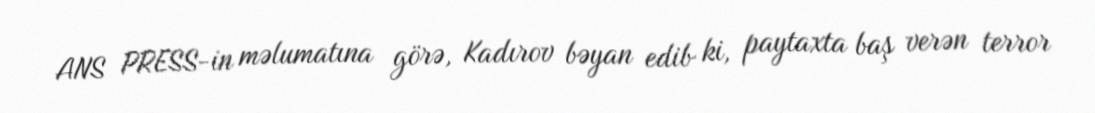
ANS PRESS-in məlumatına görə, Kadırov bəyan edib ki, paytaxta baş verən terror